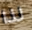
لذا